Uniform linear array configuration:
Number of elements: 64
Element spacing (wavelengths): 1
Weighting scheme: uniform
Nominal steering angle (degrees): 0
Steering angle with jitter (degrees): -1.8
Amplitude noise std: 0.05
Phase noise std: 0.05

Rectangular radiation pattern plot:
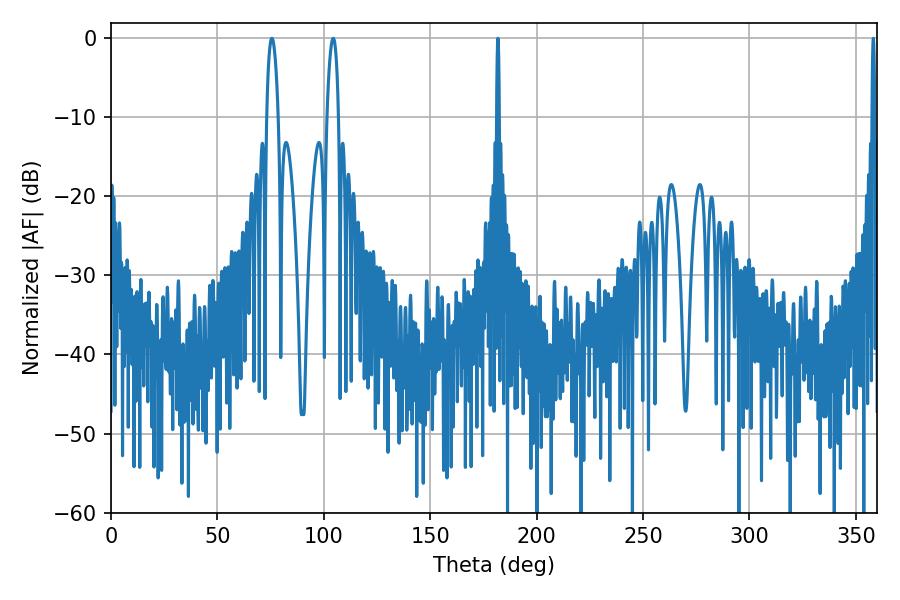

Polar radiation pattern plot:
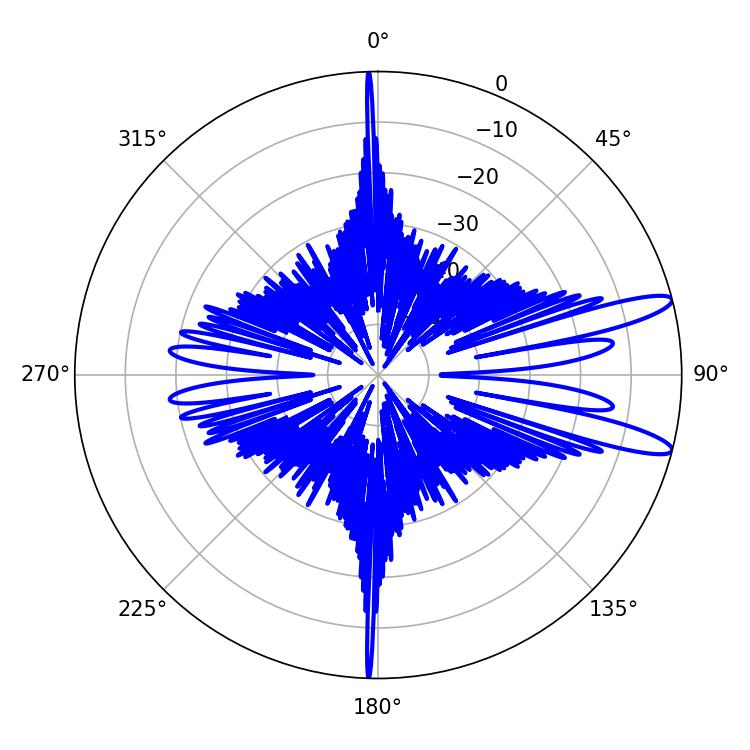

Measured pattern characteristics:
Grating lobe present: TRUE
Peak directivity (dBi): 12.36
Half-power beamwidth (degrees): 3.06
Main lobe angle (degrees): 75.6